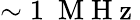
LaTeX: \sim 1~\mathrm{~M~H~z~}